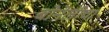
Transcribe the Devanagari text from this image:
बोनेलीचा